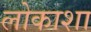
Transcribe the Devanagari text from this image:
लोकाशा